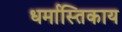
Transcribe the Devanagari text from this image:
धर्मास्तिकाय